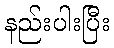
နည်းပါးပြီး